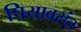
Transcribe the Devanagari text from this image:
पियावसंत